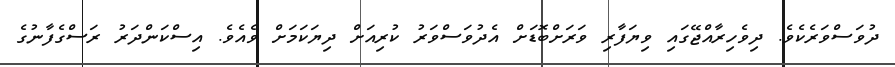
ދުވަސްވަރެކެވެ. ދިވެހިރާއްޖޭގައި ވިޔަފާރި ވަރަށްބޮޑަށް އެދުވަސްވަރު ކުރިއަށް ދިޔަކަމަށް ވެއެވެ. އިސްކަންދަރު ރަސްގެފާނުގެ